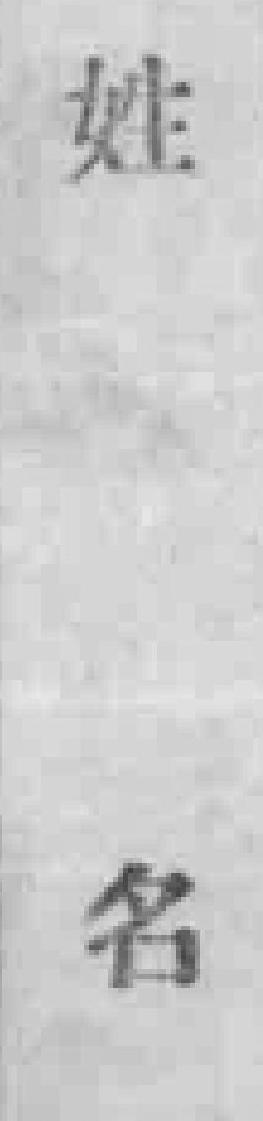
姓名